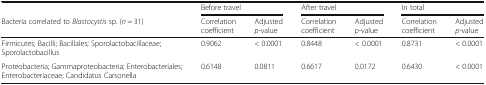
|  | <COLSPAN=2> Before travel | <COLSPAN=2> After travel | <COLSPAN=2> In total |
 | Bacteria correlated to Blastocystis sp. (n = 31) | Correlation coefficient | Adjusted p-value | Correlation coefficient | Adjusted p-value | Correlation coefficient | Adjusted p-value |
 | --- | --- | --- | --- | --- | --- | --- |
 | Firmicutes; Bacilli; Bacillales; Sporolactobacillaceae; Sporolactobacillus | 0.9062 | < 0.0001 | 0.8448 | < 0.0001 | 0.8731 | < 0.0001 |
 | Proteobacteria; Gammaproteobacteria; Enterobacteriales; Enterobacteriaceae; Candidatus Carsonella | 0.6148 | 0.0811 | 0.6617 | 0.0172 | 0.6430 | < 0.0001 |